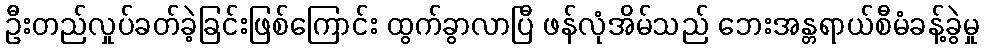
ဦးတည်လှုပ်ခတ်ခဲ့ခြင်းဖြစ်ကြောင်း ထွက်ခွာလာပြီ ဖန်လုံအိမ်သည် ဘေးအန္တရာယ်စီမံခန့်ခွဲမှု